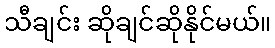
သီချင်း ဆိုချင်ဆိုနိုင်မယ်။